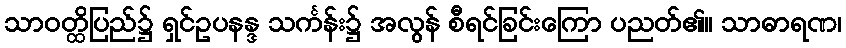
သာဝတ္ထိပြည်၌ ရှင်ဥပနန္ဒ သင်္ကန်း၌ အလွန် စီရင်ခြင်းကြော ပညတ်၏။ သာဓာရဏ၊